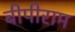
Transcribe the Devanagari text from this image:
बीपीराम